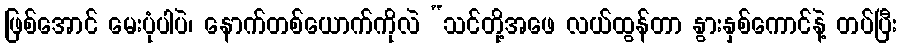
ဖြစ်အောင် မေးပုံပါပဲ၊ နောက်တစ်ယောက်ကိုလဲ “သင်တို့အဖေ လယ်ထွန်တာ နွားနှစ်ကောင်နဲ့ တပ်ပြီး